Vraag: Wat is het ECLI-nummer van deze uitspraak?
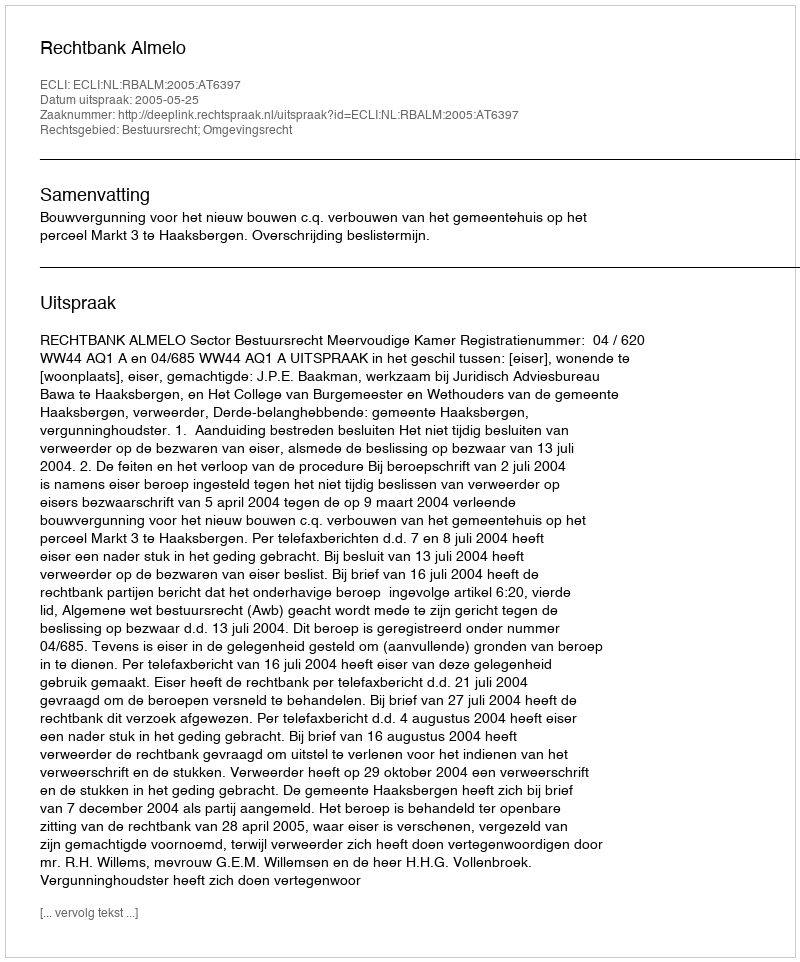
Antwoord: ECLI:NL:RBALM:2005:AT6397